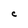
Character: C